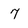
Character: 7